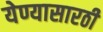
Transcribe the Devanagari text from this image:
येण्यासारठी